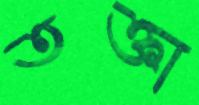
তক্তা